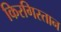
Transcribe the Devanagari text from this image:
किरगिस्तान